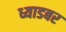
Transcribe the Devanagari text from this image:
ध्याडबर